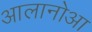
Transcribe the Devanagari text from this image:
आलानोआ